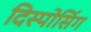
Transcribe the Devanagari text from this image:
दिस्पोसिंग